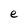
Character: e